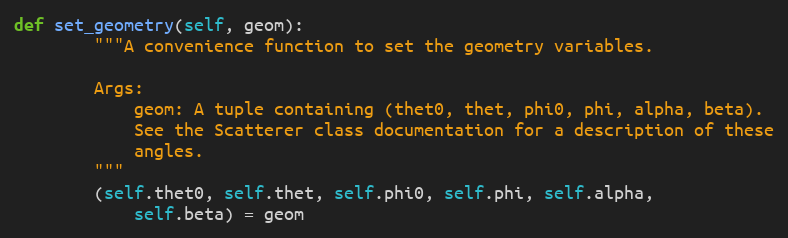
Language: Python
def set_geometry(self, geom):
        """A convenience function to set the geometry variables.

        Args:
            geom: A tuple containing (thet0, thet, phi0, phi, alpha, beta).
            See the Scatterer class documentation for a description of these
            angles.
        """
        (self.thet0, self.thet, self.phi0, self.phi, self.alpha,
            self.beta) = geom